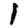
Digit: 1